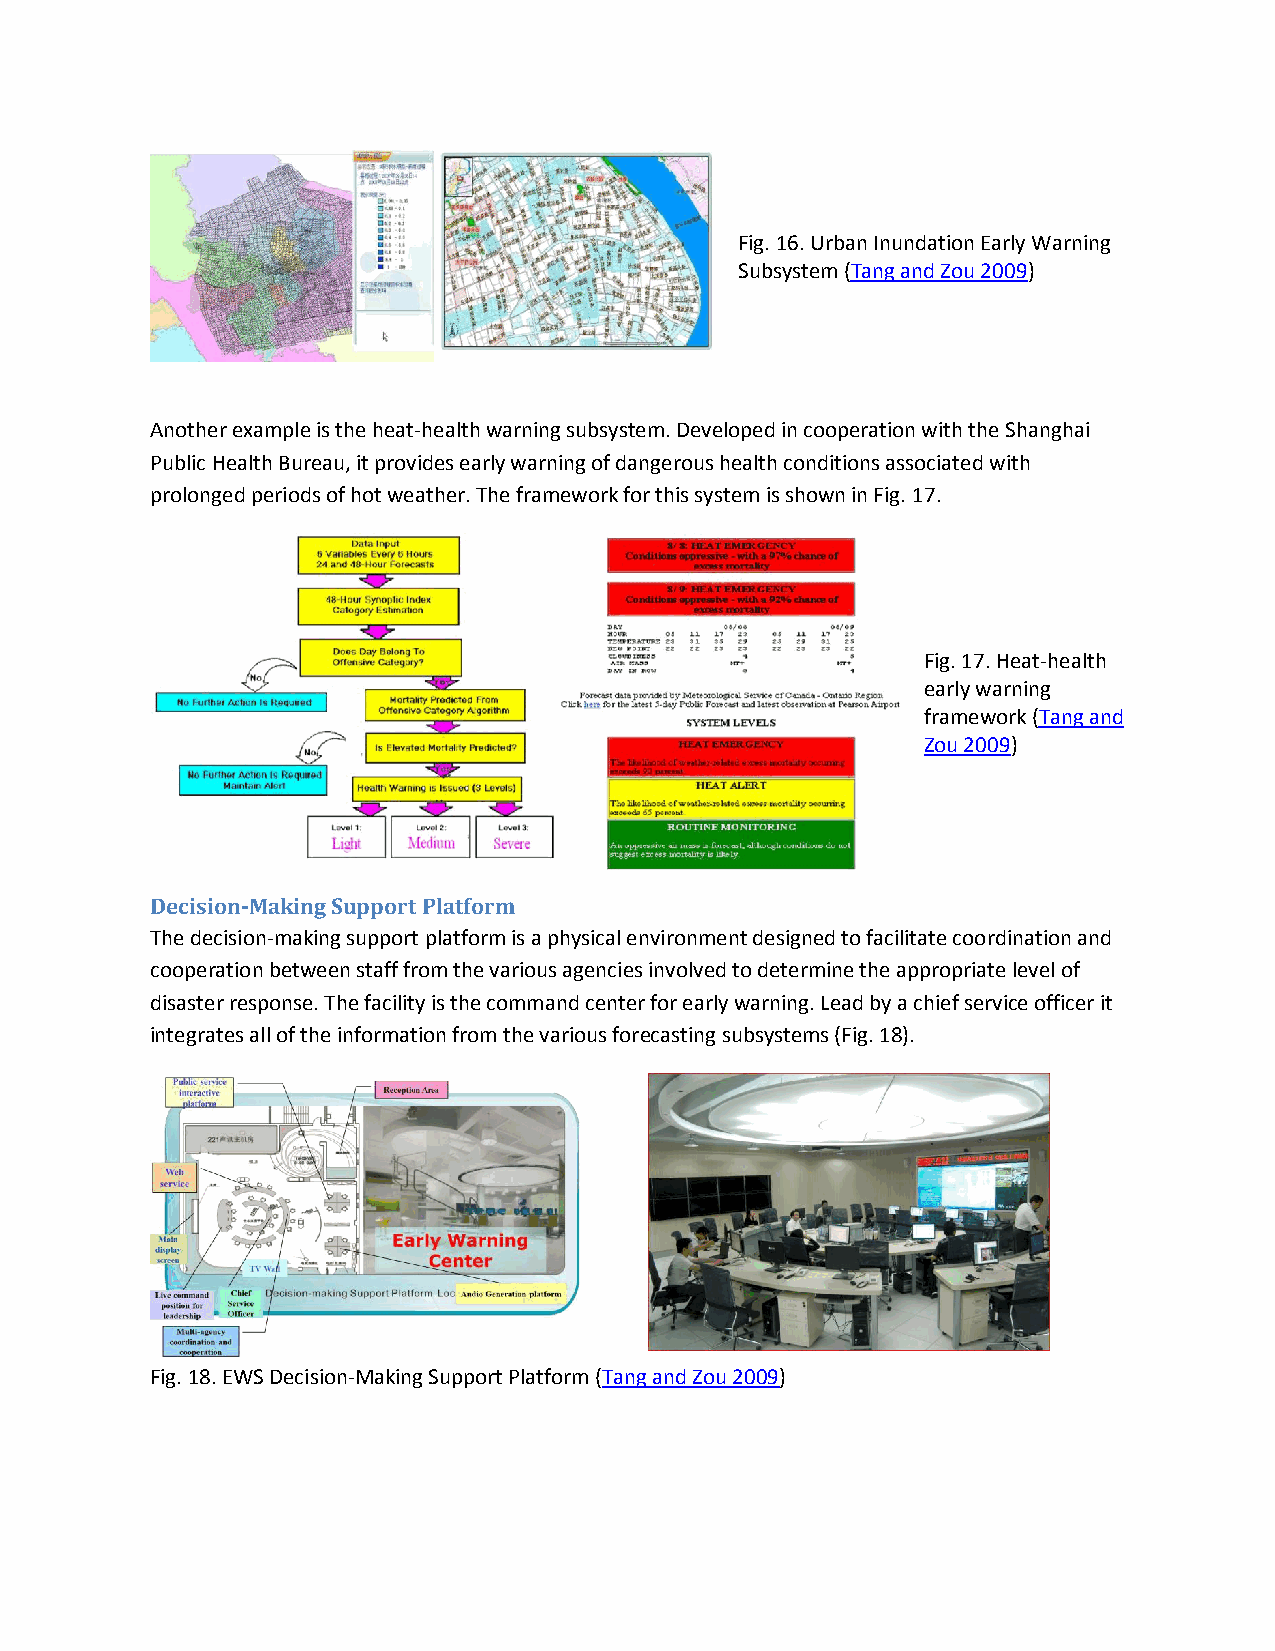
Fig. 16. Urban Inundation Early Warning
 Subsystem (Tang and Zou 2009)
 Another example is the heat-health warning subsystem. Developed in cooperation with the Shanghai
 Public Health Bureau, it provides early warning of dangerous health conditions associated with
 prolonged periods of hot weather. The framework for this system is shown in Fig. 17.
 Fig. 17. Heat-health
 early warning
 framework (Tang and
 Zou 2009)
 Decision-Making Support Platform
 The decision-making support platform is a physical environment designed to facilitate coordination and
 cooperation between staff from the various agencies involved to determine the appropriate level of
 disaster response. The facility is the command center for early warning. Lead by a chief service officer it
 integrates all of the information from the various forecasting subsystems (Fig. 18).
 Fig. 18. EWS Decision-Making Support Platform (Tang and Zou 2009)